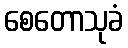
စေတောသုခံ